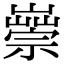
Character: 𡽿